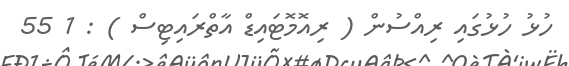
ހުޅު ހުޅުގައި ރިއްސުން ( ރިއޮމޮޓައިޑް އާތްރައިޓިސް ) : 1 55